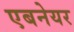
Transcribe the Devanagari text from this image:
एबनेयर